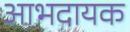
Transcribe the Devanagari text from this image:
आभदायक